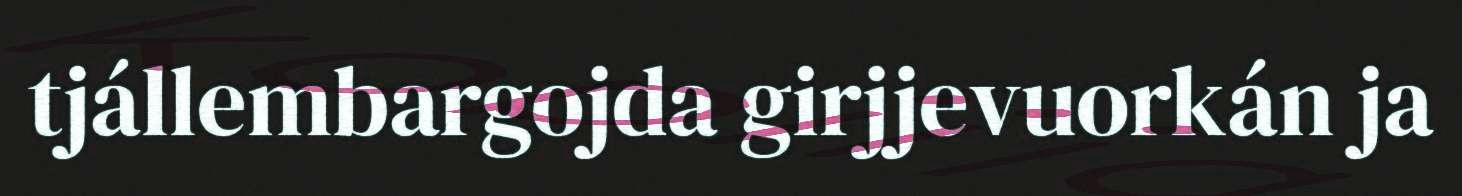
tjállembargojda girjjevuorkán ja